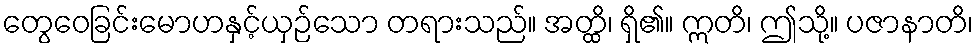
တွေဝေခြင်းမောဟနှင့်ယှဉ်သော တရားသည်။ အတ္ထိ၊ ရှိ၏။ ဣတိ၊ ဤသို့။ ပဇာနာတိ၊